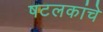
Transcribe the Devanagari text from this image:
षटलकांचे